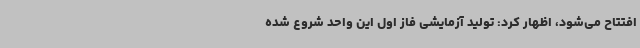
افتتاح می‌شود، اظهار کرد: تولید آزمایشی فاز اول این واحد شروع شده